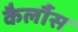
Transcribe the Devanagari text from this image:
कैर्लौस